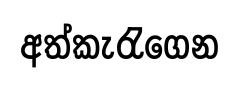
අත්කැරැගෙන